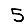
Digit: 5